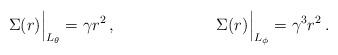
LaTeX: \begin{align*}\Sigma(r) \Big|_{L_\theta} = \gamma r^2 \,,\kern 1 in\Sigma(r) \Big|_{L_\phi} = \gamma^3 r^2 \,.\end{align*}